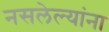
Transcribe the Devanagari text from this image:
नसलेल्यांना